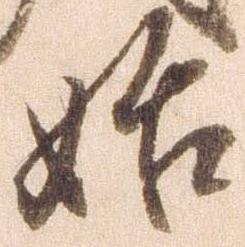
始